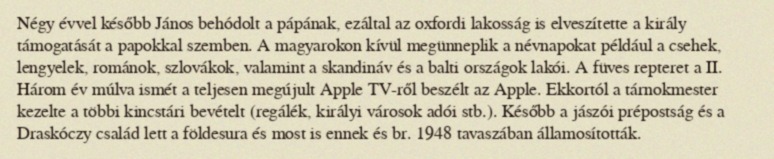
Négy évvel később János behódolt a pápának, ezáltal az oxfordi lakosság is elveszítette a király támogatását a papokkal szemben. A magyarokon kívül megünneplik a névnapokat például a csehek, lengyelek, románok, szlovákok, valamint a skandináv és a balti országok lakói. A füves repteret a II. Három év múlva ismét a teljesen megújult Apple TV-ről beszélt az Apple. Ekkortól a tárnokmester kezelte a többi kincstári bevételt (regálék, királyi városok adói stb.). Később a jászói prépostság és a Draskóczy család lett a földesura és most is ennek és br. 1948 tavaszában államosították.